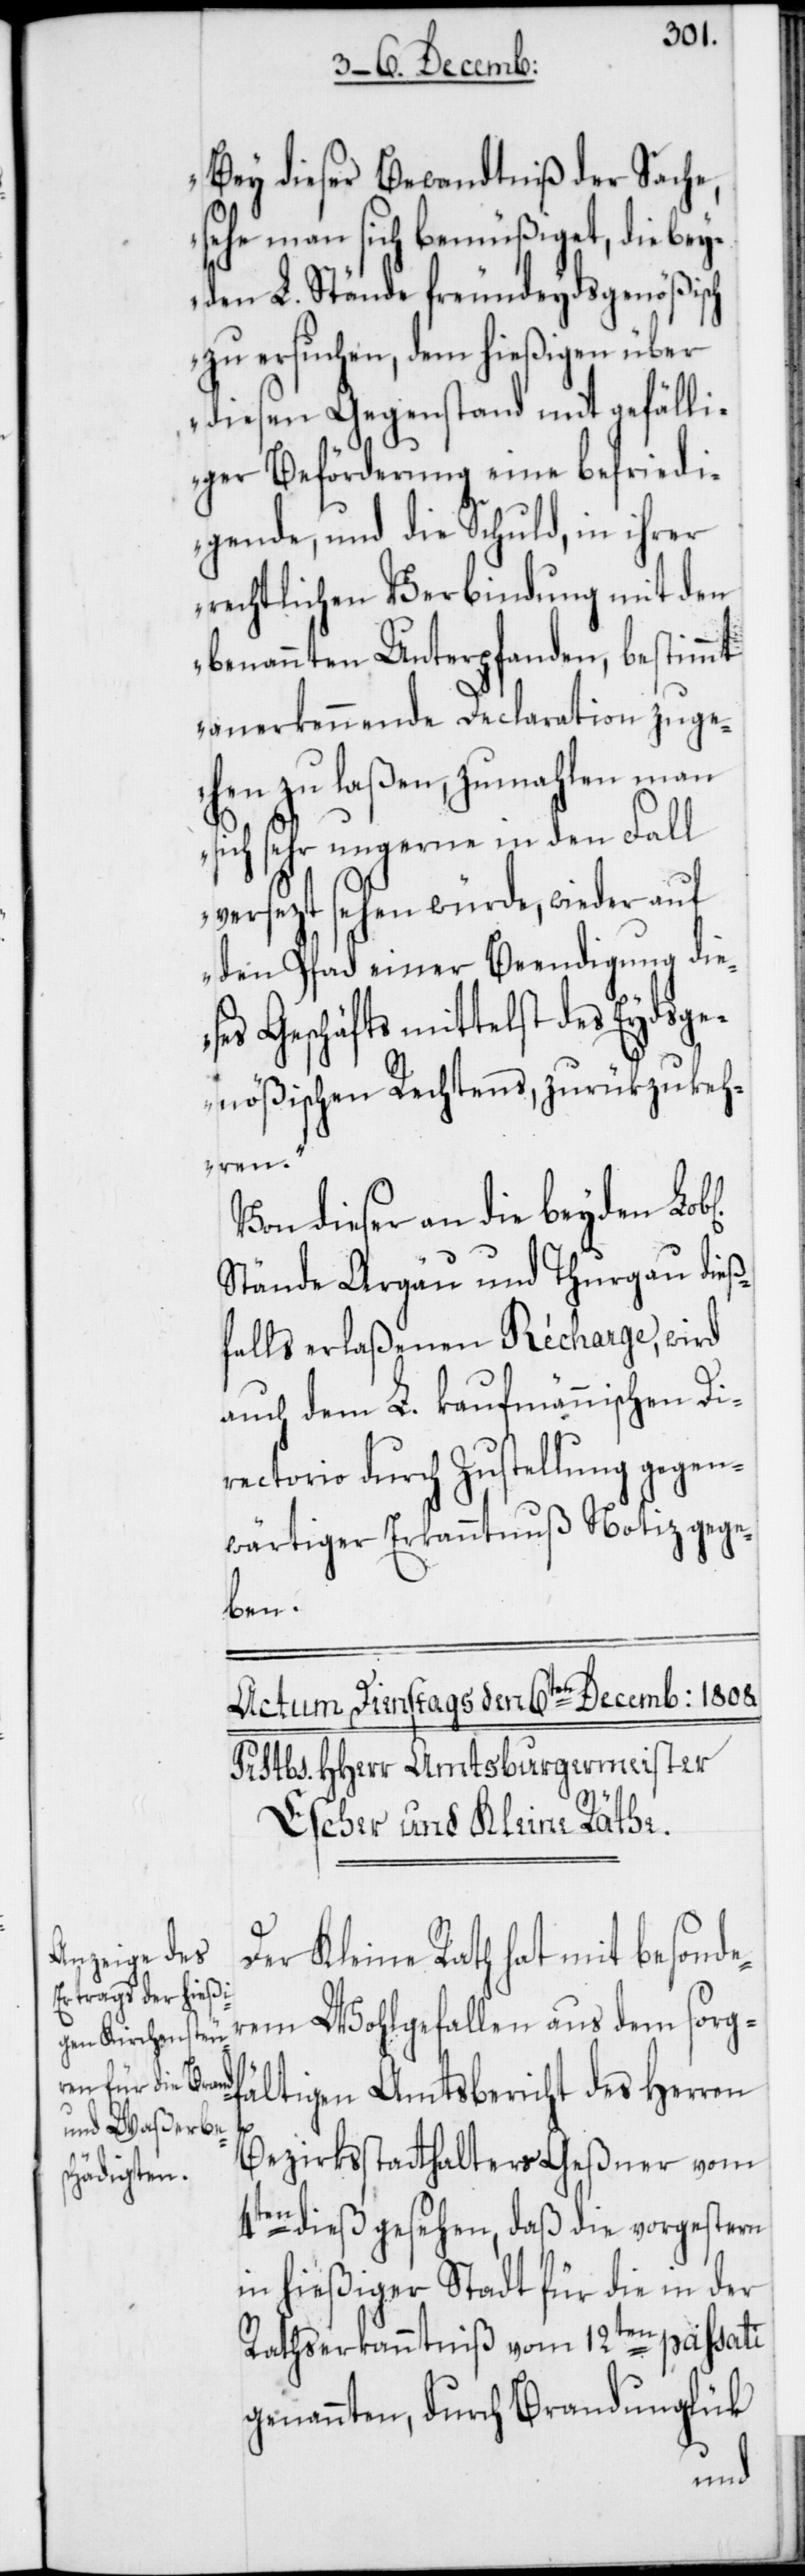
Bey dieser Bewandtnis der Sache,
sehe man sich bemüßiget, die bey¬
den L. Stände freundeydsgenößisch
zu ersuchen, dem hießigen über
diesen Gegenstand mit gefälli¬
ger Beförderung eine befriedi¬
gende, und die Schuld, in ihrer
rechtlichen Verbindung mit den
benannten Unterpfanden, bestimmt
anerkennende Declaration zuge¬
hen zu laßen, zumahlen man
sich sehr ungerne in den Fall
versezt sehen würde, wieder auf
den Pfad einer Beendigung die¬
ses Geschäfts mittelst des Eydsge¬
nößischen Rechtens, zurükzukeh¬
Herren
Von dieser an die beyden
Stände Argäu und Thurgau dieß¬
falls erlaßenen Récharge, wird
auch dem L. kaufmännischen Di¬
rectorio durch Zustellung gegen¬
wärtiger Erkanntnuß Notiz gege¬
ben.
Der Kleine Rath hat mit besonde¬
rem Wohlgefallen aus dem sorg¬
Bezirksstatthalters Geßner vom
fältigen
4ten dieß gesehen, daß die vorgestern
in hießiger Stadt für die in der
Rathserkanntniß vom 12ten passati
genannten, durch Brandunglük